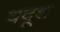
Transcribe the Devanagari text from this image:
बदूश